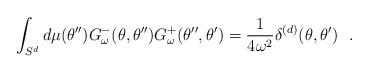
LaTeX: \begin{align*}\int_{S^d}d\mu (\theta'')G^-_\omega (\theta , \theta '')G^+_\omega (\theta '' , \theta ')={1\over 4\omega^2} \delta^{(d)}(\theta ,\theta ' )~~.\end{align*}